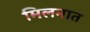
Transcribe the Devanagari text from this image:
मिलनात